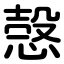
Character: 愨